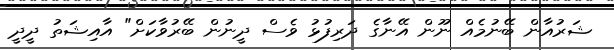
ޝަރުއާން ބޭނުމެއް ނޫން އޭނާގެ ދަރިފުޅު ވެސް ދީނުން ބޭރުވާކަށް" އާއިޝަތު ދީދީ